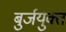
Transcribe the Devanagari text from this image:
बुर्जयुक्त